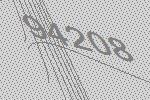
94208